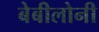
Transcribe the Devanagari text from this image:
बेबीलोनी